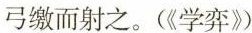
弓缴而射之。(《学弈》